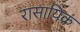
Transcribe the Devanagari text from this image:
रासायिक